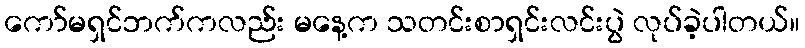
ကော်မရှင်ဘက်ကလည်း မနေ့က သတင်းစာရှင်းလင်းပွဲ လုပ်ခဲ့ပါတယ်။